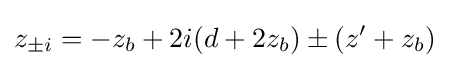
z_{\pm i}=-z_{b}+2i(d+2z_{b})\pm (z'+z_{b})